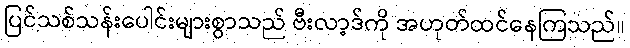
ပြင်သစ်သန်းပေါင်းများစွာသည် ဗီးလာ့ဒ်ကို အဟုတ်ထင်နေကြသည်။